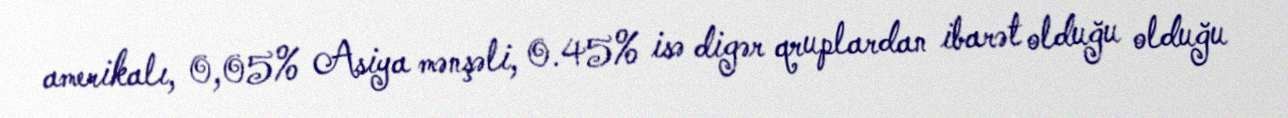
amerikalı, 0,05% Asiya mənşəli, 0.45% isə digər qruplardan ibarət olduğu olduğu